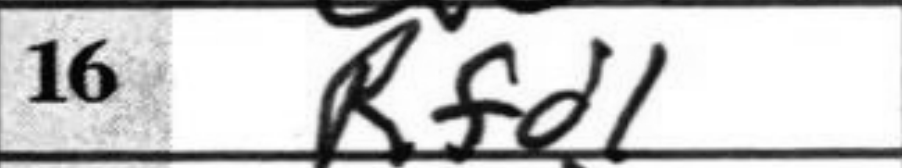
Transcription: Rfd1